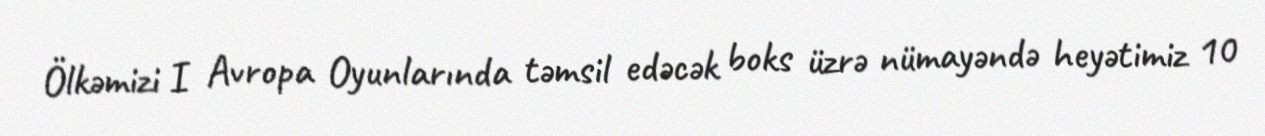
Ölkəmizi I Avropa Oyunlarında təmsil edəcək boks üzrə nümayəndə heyətimiz 10